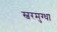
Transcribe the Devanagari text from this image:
स्वरमुग्धा